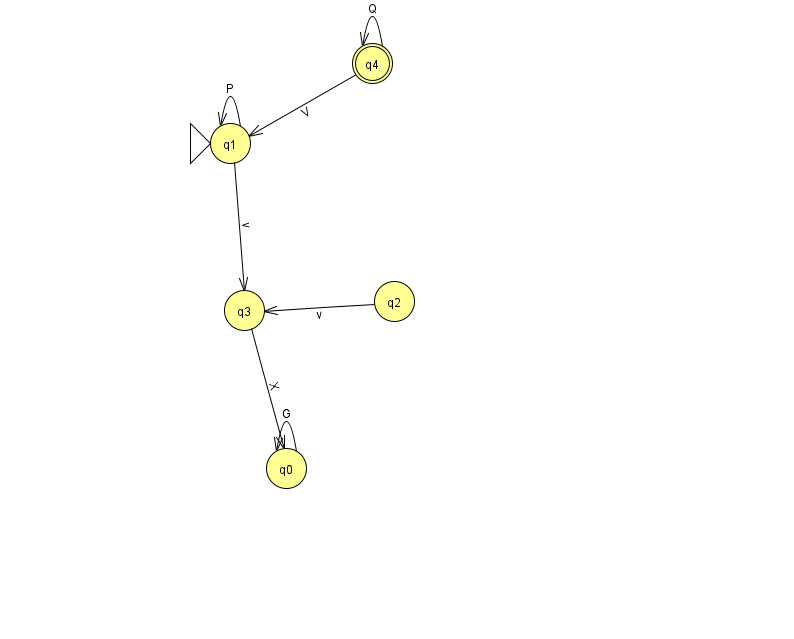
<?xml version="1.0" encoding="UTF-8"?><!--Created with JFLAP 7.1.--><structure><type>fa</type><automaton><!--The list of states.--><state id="0" name="q0"><x>286.0</x><y>455.0</y></state><state id="1" name="q1"><x>230.0</x><y>130.0</y><initial/></state><state id="2" name="q2"><x>394.0</x><y>288.0</y></state><state id="3" name="q3"><x>244.0</x><y>297.0</y></state><state id="4" name="q4"><x>372.0</x><y>50.0</y><final/></state><!--The list of transitions.--><transition><from>1</from><to>1</to><read>P</read></transition><transition><from>2</from><to>3</to><read>v</read></transition><transition><from>4</from><to>4</to><read>Q</read></transition><transition><from>3</from><to>0</to><read>X</read></transition><transition><from>1</from><to>3</to><read>v</read></transition><transition><from>0</from><to>0</to><read>G</read></transition><transition><from>4</from><to>1</to><read>V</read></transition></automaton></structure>